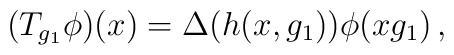
(T_{g_1}\phi)(x)=\Delta(h(x,g_1))\phi(xg_1)\,,